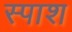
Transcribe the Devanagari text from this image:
स्पाश